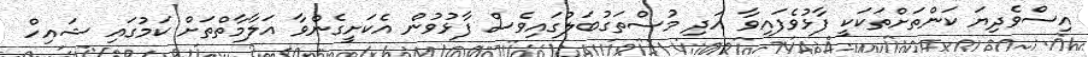
އިސްވެދިޔަ ކަންތަށްތަކަކީ ފާޅުވެފައިވާ އަދި މުސްތަގުބަލުގައިވެސް ފާޅުވުން އެކަށީގެންވާ އަލާމާތްތަށް ކަމުގައި ޝައިހް